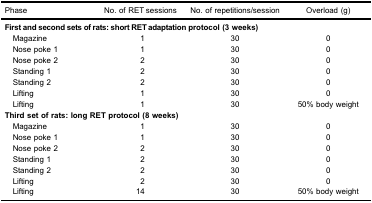
<table><thead><tr><td><b>Phase</b></td><td><b>No. of RET sessions</b></td><td><b>No. of repetitions/session</b></td><td><b>Overload (g)</b></td></tr></thead><tbody><tr><td colspan="4"><b>First and second sets of rats: short RET adaptation protocol (3 weeks)</b></td></tr><tr><td>Magazine</td><td>1</td><td>30</td><td>0</td></tr><tr><td>Nose poke 1</td><td>1</td><td>30</td><td>0</td></tr><tr><td>Nose poke 2</td><td>2</td><td>30</td><td>0</td></tr><tr><td>Standing 1</td><td>2</td><td>30</td><td>0</td></tr><tr><td>Standing 2</td><td>2</td><td>30</td><td>0</td></tr><tr><td>Lifting</td><td>1</td><td>30</td><td>0</td></tr><tr><td>Lifting</td><td>1</td><td>30</td><td>50% body weight</td></tr><tr><td colspan="4"><b>Third set of rats: long RET protocol (8 weeks)</b></td></tr><tr><td>Magazine</td><td>1</td><td>30</td><td>0</td></tr><tr><td>Nose poke 1</td><td>1</td><td>30</td><td>0</td></tr><tr><td>Nose poke 2</td><td>2</td><td>30</td><td>0</td></tr><tr><td>Standing 1</td><td>2</td><td>30</td><td>0</td></tr><tr><td>Standing 2</td><td>2</td><td>30</td><td>0</td></tr><tr><td>Lifting</td><td>2</td><td>30</td><td>0</td></tr><tr><td>Lifting</td><td>14</td><td>30</td><td>50% body weight</td></tr></tbody></table>